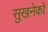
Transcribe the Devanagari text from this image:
सुखनेको